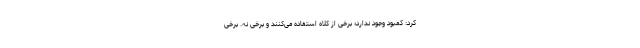
کرد: کمبود وجود ندارد؛ برخی از کلاه استفاده می‌کنند و برخی نه. برخی